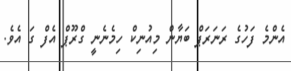
އެންމެ ފަހުގެ ރަނަރަޕް ބަޔާން މިއުނިކް ހިމެނެނީ ގްރޫޕް އެފް ގަ އެވެ.